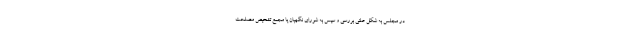
در مجلس به شکل علنی بررسی و سپس به شورای نگهبان یا مجمع تشخیص مصلحت